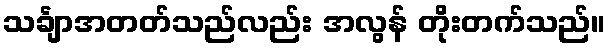
သင်္ချာအတတ်သည်လည်း အလွန် တိုးတက်သည်။